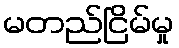
မတည်ငြိမ်မှု